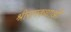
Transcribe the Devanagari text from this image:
श्रीरामकथाओं